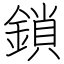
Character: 鎖